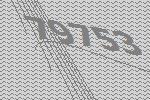
79753